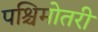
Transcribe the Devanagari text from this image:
पश्चिमोतरी